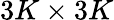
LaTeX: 3K\times 3K